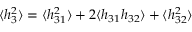
\langle h _ { 3 } ^ { 2 } \rangle = \langle h _ { 3 1 } ^ { 2 } \rangle + 2 \langle h _ { 3 1 } h _ { 3 2 } \rangle + \langle h _ { 3 2 } ^ { 2 } \rangle